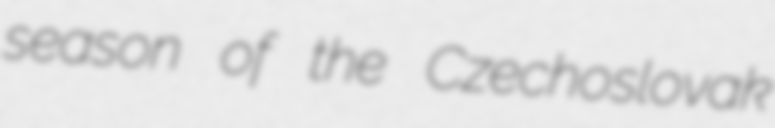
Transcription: season of the Czechoslovak